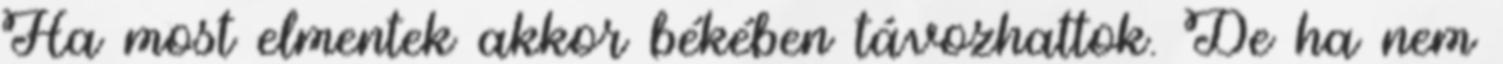
Ha most elmentek akkor békében távozhattok. De ha nem